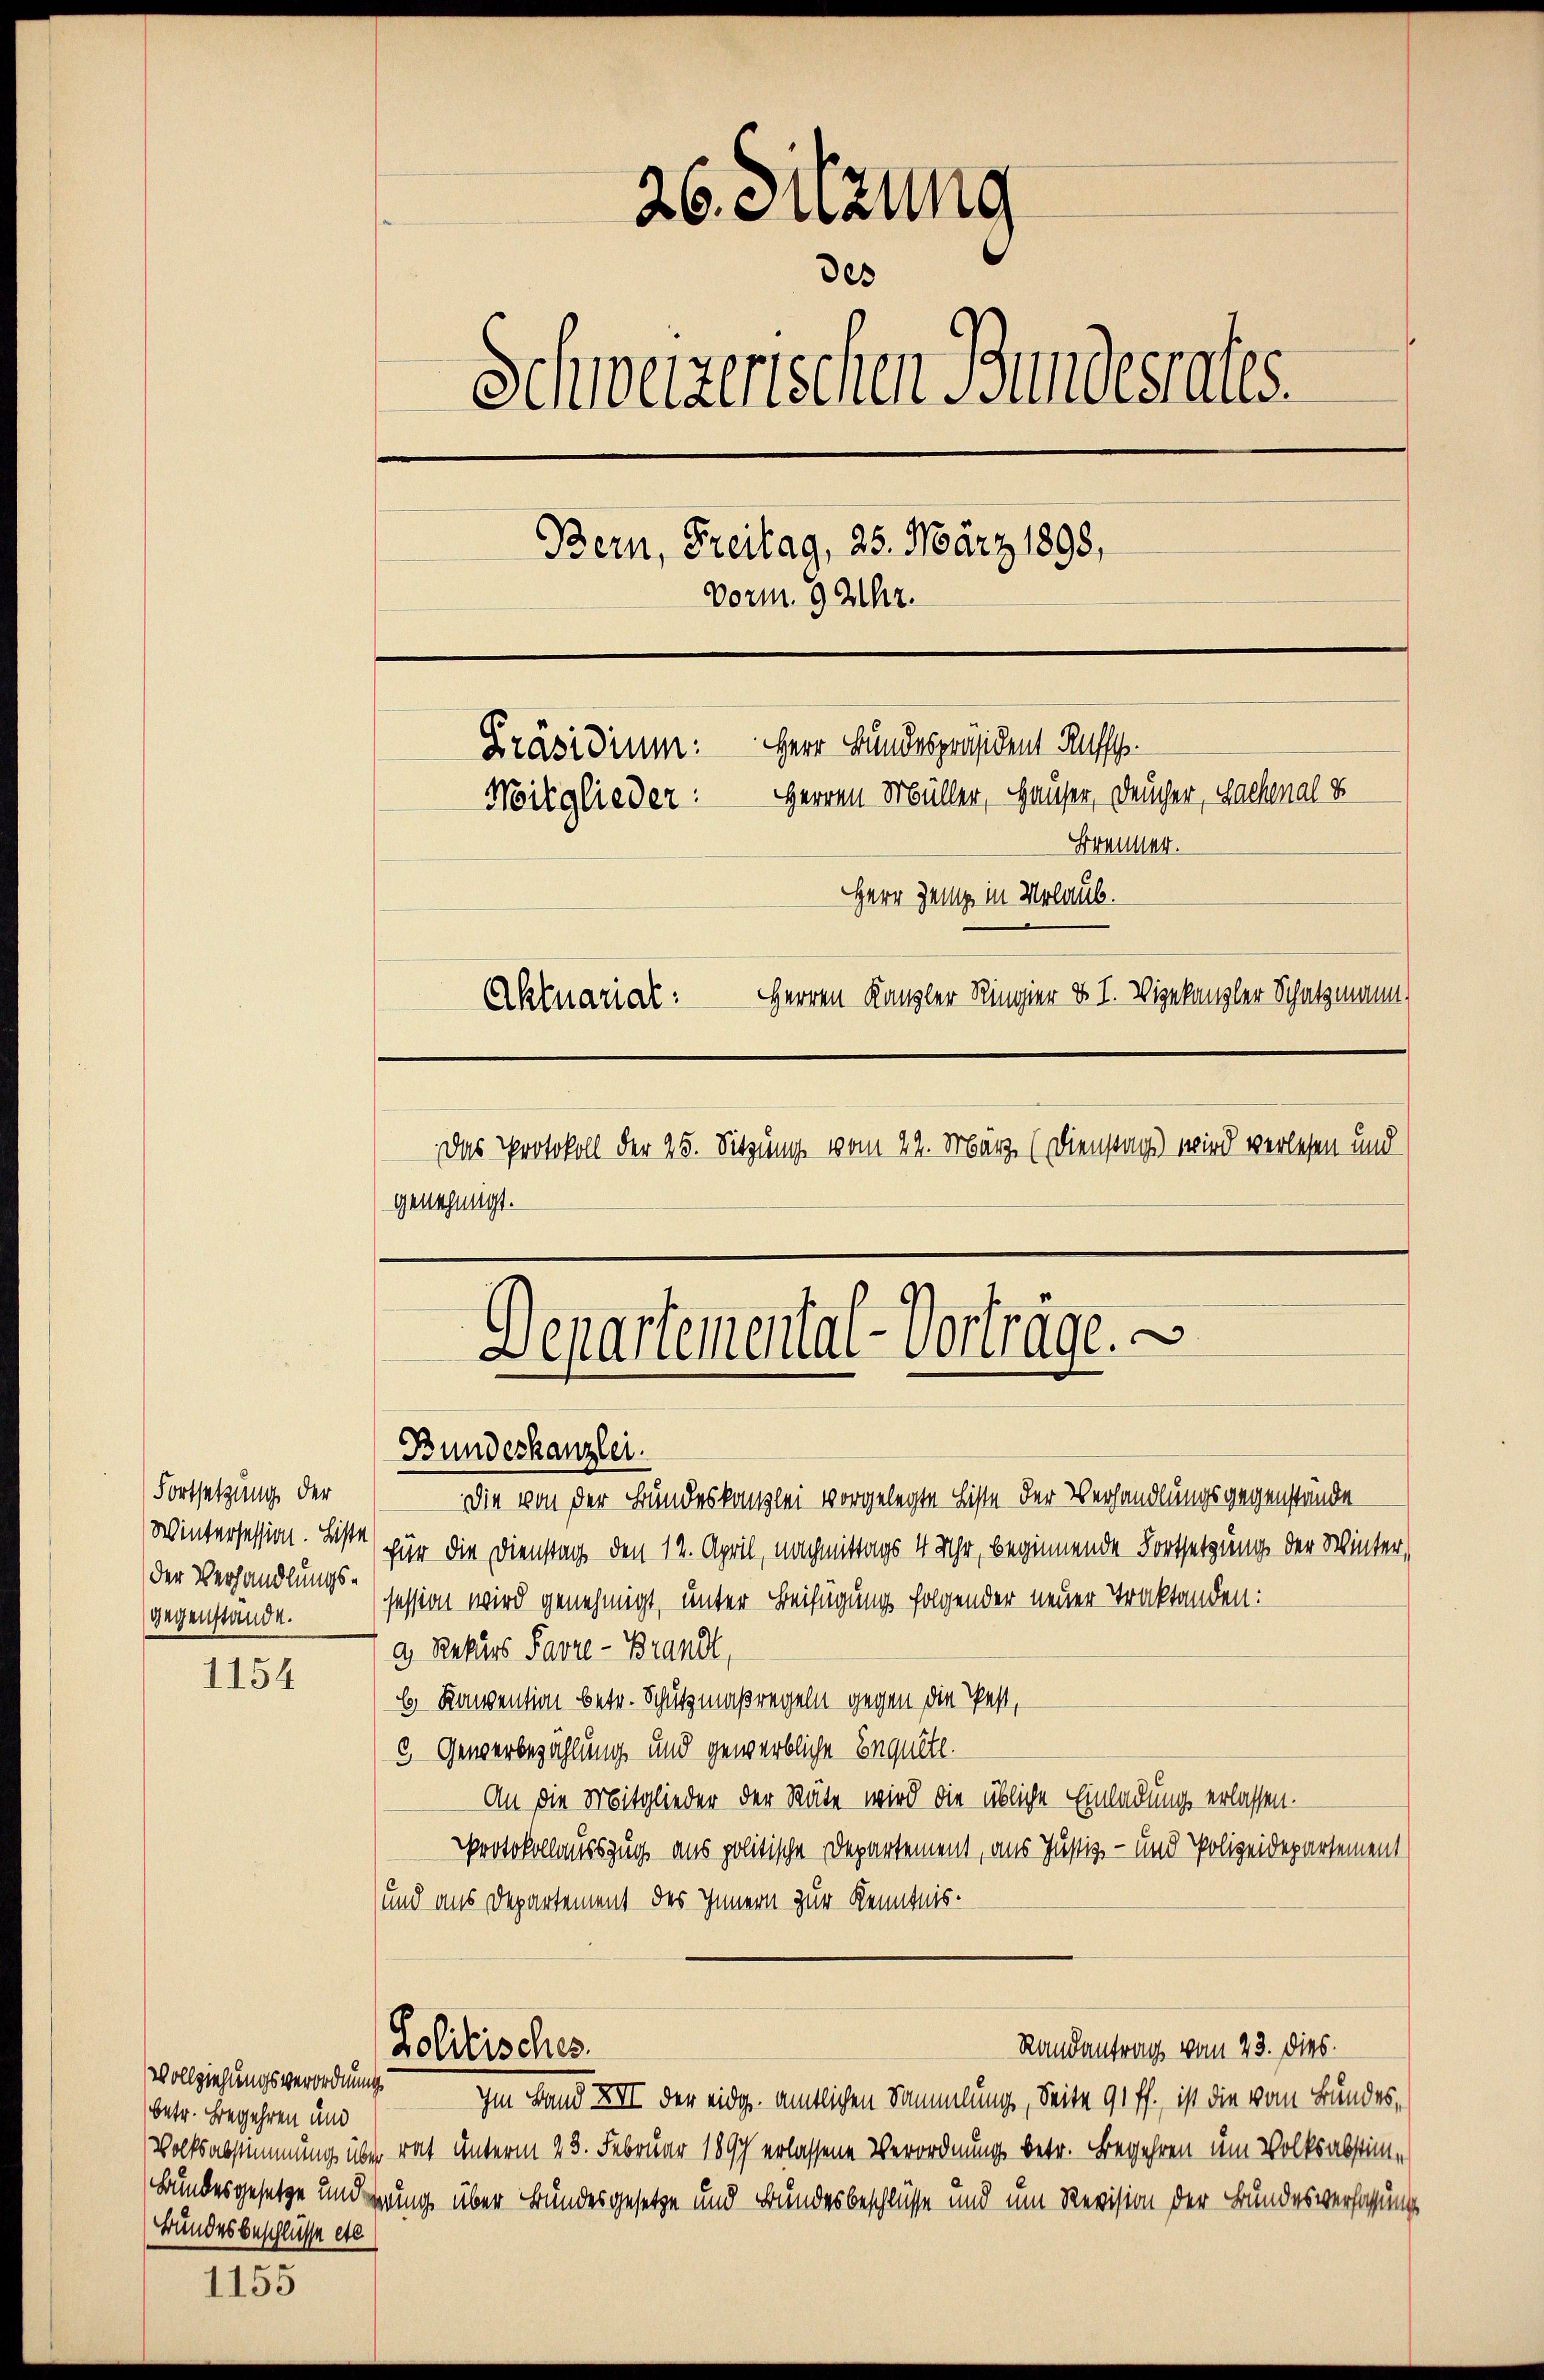
Fortsetzung der
Wintersession. Liste
der Verhandlungsgegenstande.

1154

Vollziehungsverordnung
betr. Begehren und
Bundesbeschlüsse etc

1155

26. euzung
des
Schweizerischen Bundesrates.
Bern, Freitag, 25. März 1898,
Vorm. 9212.
Herr Bundespräsident Ruf.
Präsidium.
Mitglieder: Herren Müller, Hauser, Deucher, Sachenal S
Brenner.
Herr Ganze in Urlaub.
Herren Kanzler Ringier u. I. Wigekanzler Schatzmann)
Aktuariat
Das Protokoll der 25. Sitzung vom 22. März (Dienstag) wird verlesen und
genehmigt.

Departemental-Verträge.
Bundeskanzlei.

Lolitisches

Randantrag vom 23. dies.

Die von der Bundeskanzlei vorgelegte Liste der Verhandlungsgegenstände
für die Dienstag den 12. April, nachmittags 4 Uhr, beginnende Fortsetzung der Winter,
session wird genehmigt, unter Beifügung folgender neuer Traktanden:
a) Rekurs Favre-Brandt,
6) Konvention betr. Schutzmaßregeln gegen die Pest,
3 Gewerbezählung und gewerbliche Enquete.
An die Mitglieder der Räte wird die übliche Einladung erlassen.
Protokollausszug aus politische Departement, aus Justiz- und Polizeidepartement
und aus Departement des Innern zur Kenntnis.

Im Land XII der eidg. amtlichen Sammlung, Seite 91 ff., ist die vom Bundes,
Volksabstimmung über rat unterm 23. Februar 1897 erlassene Verordnung betr. Begehren um Volksabstim¬
Bundesgesetze und gung über Bundesgesetze und Bundesbeschlüsse und um Revision der Bundesverfassung